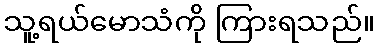
သူ့ရယ်မောသံကို ကြားရသည်။